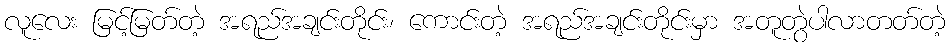
လူလေး မြင့်မြတ်တဲ့ အရည်အချင်းတိုင်း၊ ကောင်းတဲ့ အရည်အချင်းတိုင်းမှာ အတူတွဲပါလာတတ်တဲ့